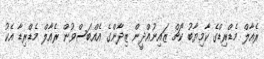
ރެއާލް މެޑްރިޑްގެ ކާމިޔާބު ކޯޗް ޒައިނުއްދީން ޒިދާންގެ އެއްބަސްވުން ރެއާލް މެޑްރިޑާ އެކު